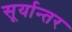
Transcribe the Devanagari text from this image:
सूर्यान्तर